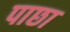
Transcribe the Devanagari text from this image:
पाछा